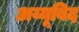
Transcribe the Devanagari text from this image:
अय्यूबिद